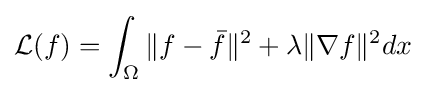
{\mathcal {L}}(f)=\int _{\Omega }\|f-{\bar {f}}\|^{2}+\lambda \|\nabla f\|^{2}dx